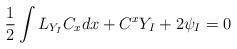
LaTeX: \begin{align*}\frac{1}{2}\int L_{Y_{I}}C_{x}dx+C^{x}Y_{I}+2\psi _{I}=0 \end{align*}